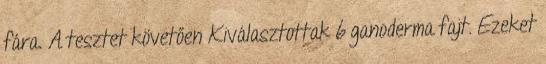
fára. A tesztet követően Kiválasztottak 6 ganoderma fajt. Ezeket